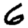
Digit: 6